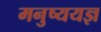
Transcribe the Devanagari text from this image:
मनुष्ययज्ञ